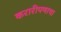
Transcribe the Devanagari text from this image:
करारीपणाचा